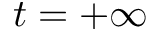
t = + \infty